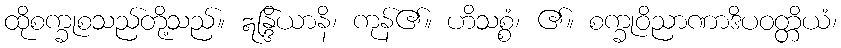
ထိုစက္ခုစသည်တို့သည်။ ဣန္ဒြိယာနိ၊ ကုန်၏။ ဟိသစ္စံ၊ ၏။ စက္ခုဝိညာဏာဒိပဝတ္တိယံ၊